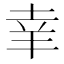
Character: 𦍒